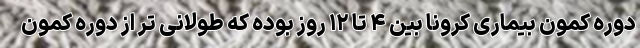
دوره کمون بیماری کرونا بین ۴ تا ۱۲ روز بوده که طولانی تر از دوره کمون